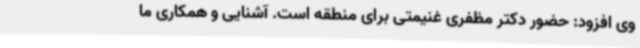
وی افزود: حضور دکتر مظفری غنیمتی برای منطقه است. آشنایی و همکاری ما